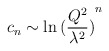
\begin{align*} c_n \sim \ln{(\frac{Q^{2}}{\lambda^{2}})}^{n}\end{align*}